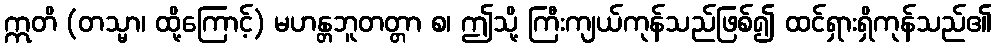
ဣတိ (တသ္မာ၊ ထို့ကြောင့်) မဟန္တဘူတတ္တာ စ၊ ဤသို့ ကြီးကျယ်ကုန်သည်ဖြစ်၍ ထင်ရှားရှိကုန်သည်၏